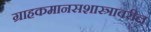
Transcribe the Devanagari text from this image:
ग्राहकमानसशास्त्रावरील